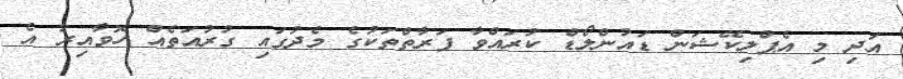
އަދި މި އެޕްލިކޭޝަން ޑައުންލޯޑް ކުރައްވާ ފަރާތްތަކުގެ މެދުގައި ގުރުއަތެެއް ހޮވާއިރު އެ